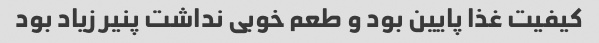
کیفیت غذا پایین بود و طعم خوبی نداشت پنیر زیاد بود